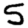
Digit: 5